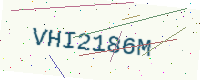
Text: VHI2186M